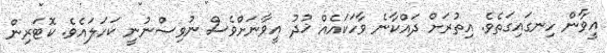
އީވާން ހިނގައިގަތެވެ. އިތުރަށް ދައްކާނެ ވާހަކައެއް ޚުދު އީވާނަށްވެސް ނުވިސްނުނީ ކަހަލައެވެ. ކޮޓަރިން